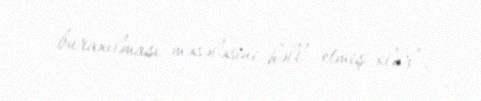
buraxılması məsələsini həll etmiş olur”.